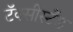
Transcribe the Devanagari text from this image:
टॅक्सीस्टँड